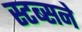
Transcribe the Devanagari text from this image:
स्टब्सने